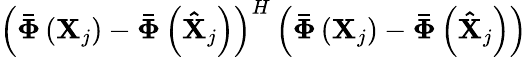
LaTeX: {\left({{\mathbf{\bar{\Phi}}}\left({{{\mathbf{X}}_{j}}}\right)-{\mathbf{\bar{\Phi}}}\left({{{{\mathbf{\hat{X}}}}_{j}}}\right)}\right)^{H}}\left({{\mathbf{\bar{\Phi}}}\left({{{\mathbf{X}}_{j}}}\right)-{\mathbf{\bar{\Phi}}}\left({{{{\mathbf{\hat{X}}}}_{j}}}\right)}\right)